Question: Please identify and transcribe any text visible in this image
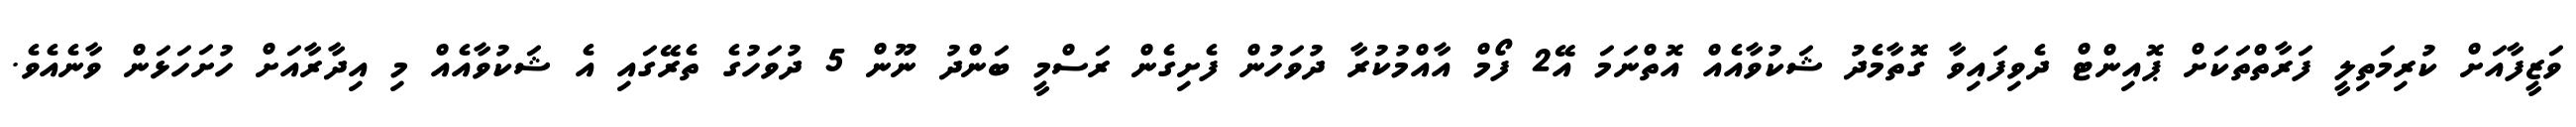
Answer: ވަޒީފާއަށް ކުރިމަތިލީ ފަރާތްތަކަށް ޕޮއިންޓް ދެވިފައިވާ ގޮތާމެދު ޝަކުވާއެއް އޮތްނަމަ އޭ2 ފޯމް އާއްމުކުރާ ދުވަހުން ފެށިގެން ރަސްމީ ބަންދު ނޫން 5 ދުވަހުގެ ތެރޭގައި އެ ޝަކުވާއެއް މި އިދާރާއަށް ހުށަހަޅަން ވާނެއެވެ.